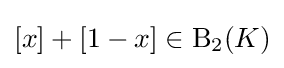
[x]+[1-x]\in \operatorname {B} _{2}(K)